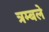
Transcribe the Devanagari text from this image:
त्रम्बले